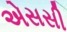
એસસી